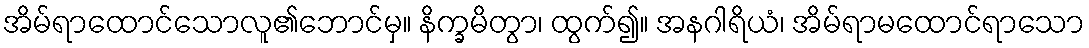
အိမ်ရာထောင်သောလူ၏ဘောင်မှ။ နိက္ခမိတွာ၊ ထွက်၍။ အနဂါရိယံ၊ အိမ်ရာမထောင်ရာသော